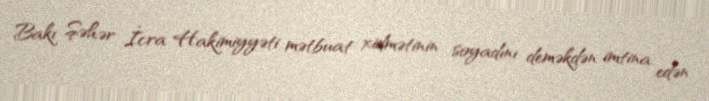
Bakı Şəhər İcra Hakimiyyəti mətbuat xidmətinin soyadını deməkdən imtina edən